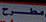
مطرح